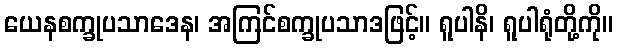
ယေနစက္ခုပသာဒေန၊ အကြင်စက္ခုပသာဒဖြင့်။ ရူပါနိ၊ ရူပါရုံတို့ကို။